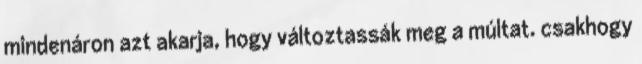
mindenáron azt akarja, hogy változtassák meg a múltat. csakhogy